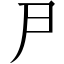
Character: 𠁣